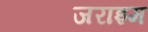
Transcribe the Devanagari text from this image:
जराइम